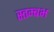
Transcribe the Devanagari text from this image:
स्तम्बभ